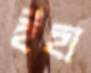
ইহা